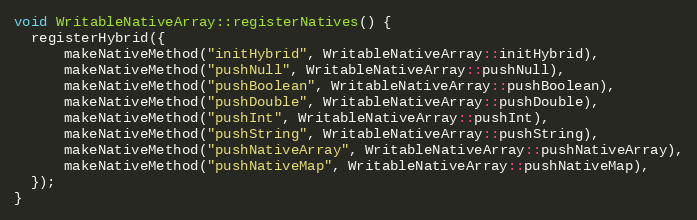
Language: C++
void WritableNativeArray::registerNatives() {
  registerHybrid({
      makeNativeMethod("initHybrid", WritableNativeArray::initHybrid),
      makeNativeMethod("pushNull", WritableNativeArray::pushNull),
      makeNativeMethod("pushBoolean", WritableNativeArray::pushBoolean),
      makeNativeMethod("pushDouble", WritableNativeArray::pushDouble),
      makeNativeMethod("pushInt", WritableNativeArray::pushInt),
      makeNativeMethod("pushString", WritableNativeArray::pushString),
      makeNativeMethod("pushNativeArray", WritableNativeArray::pushNativeArray),
      makeNativeMethod("pushNativeMap", WritableNativeArray::pushNativeMap),
  });
}